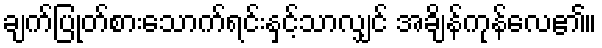
ချက်ပြုတ်စားသောက်ရင်းနှင့်သာလျှင် အချိန်ကုန်လေ၏။